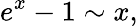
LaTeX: e^{x}-1\sim x,